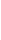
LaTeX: \! \! \! \! \! \! \! \! \! \! \! \! \! \! \! \! \! \! \! \! \! \! \! \! \! \! \! \! \! \! \! \! \! \! \! \sum\! \! \! \! \! \! \! \! \! \! \! \! _{j\! \! \! \! \! \! \! \! \! \! \! \! =\! \! \! \! \! \! \! \! \! \! \! \! 1}\! \! \! \! \! \! \! \! \! \! \! \! ^{m\! \! \! \! \! \! \! \! \! \! \! \! _{i}}\! \! \! \! \! \! \! \! \! \! \! \! I\! \! \! \! \! \! \! \! \! \! \! \! _{p\! \! \! \! \! \! \! \! \! \! \! \! _{i}\! \! \! \! \! \! \! \! \! \! \! \! ^{j}}\! \! \! \! \! \! \! \! \! \! \! \! (\! \! \! \! \! \! \! \! \! \! \! \! \ensuremath{\! \! \! \! \! \! \! \! \! \! \! \! \mathcal{X}}\! \! \! \! \! \! \! \! \! \! \! \! )\! \! \! \! \! \! \! \! \! \! \! \! =I\! \! \! \! \! \! \! \! \! \! \! \! _{p\! \! \! \! \! \! \! \! \! \! \! \! _{i}}\! \! \! \! \! \! \! \! \! \! \! \! (\! \! \! \! \! \! \! \! \! \! \! \! \ensuremath{\mathcal{Z}}\! \! \! \! \! \! \! \! \! \! \! \! )\! \! \! \! \! \! \! \! \! \! \! \! .\! \! \! \! \! \! \! \! \! \! \! \! \! \! \! \! \! \! \! \! \! \! \!